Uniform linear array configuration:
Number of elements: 16
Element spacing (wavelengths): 1
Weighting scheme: exponential
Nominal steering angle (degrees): -45
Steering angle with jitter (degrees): -45.986
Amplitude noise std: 0.05
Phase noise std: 0.05

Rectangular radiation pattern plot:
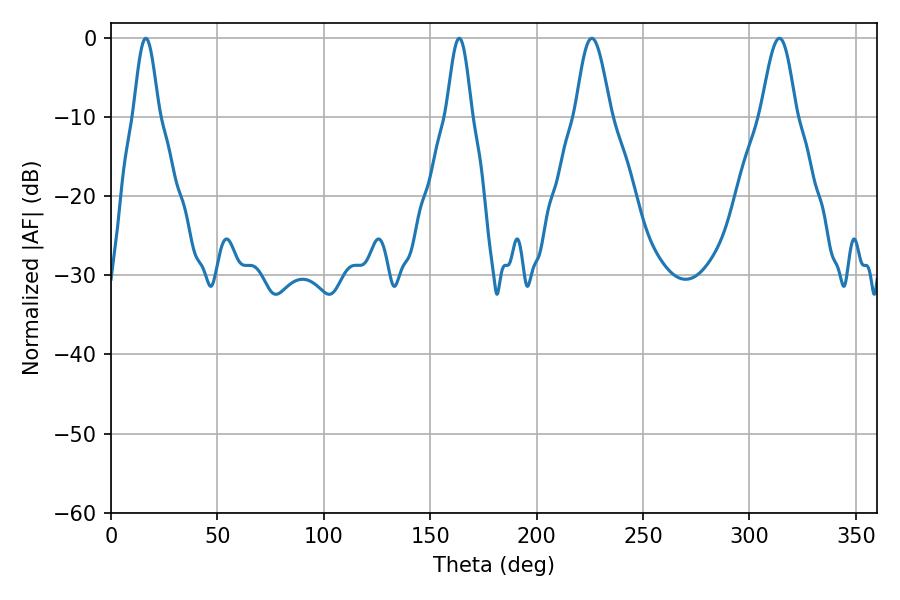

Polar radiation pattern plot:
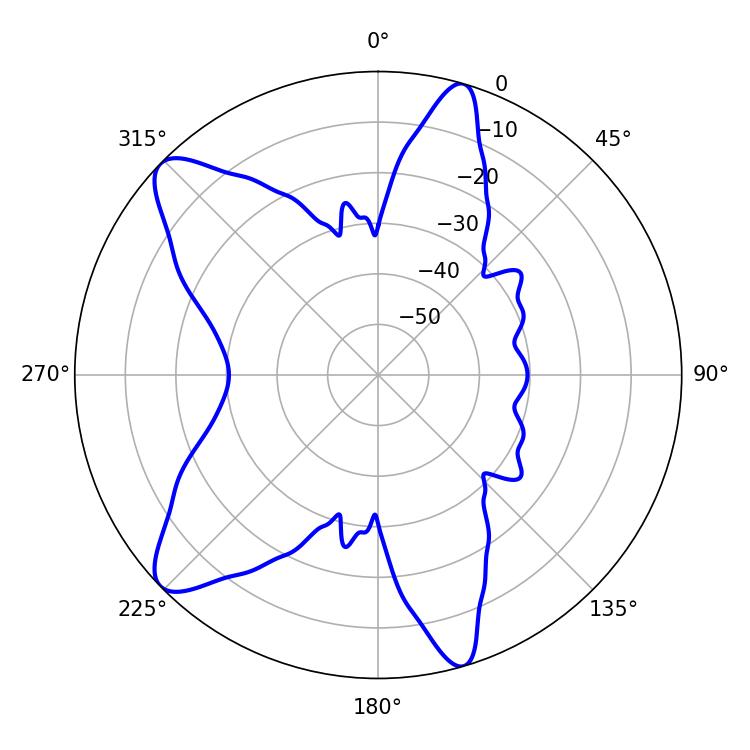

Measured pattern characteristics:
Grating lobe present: TRUE
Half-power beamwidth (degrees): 8.64
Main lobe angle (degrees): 225.9